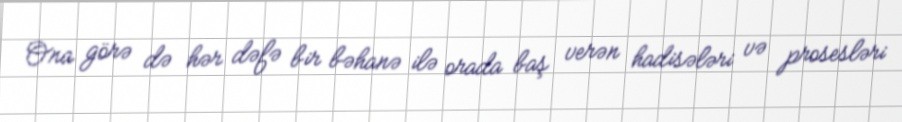
Ona görə də hər dəfə bir bəhanə ilə orada baş verən hadisələri və prosesləri